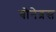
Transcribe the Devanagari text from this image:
बोनेब्रस